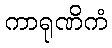
ကာရုဏိကံ